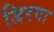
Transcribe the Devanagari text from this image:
जिरगा